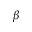
\beta